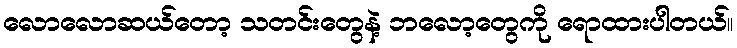
လောလောဆယ်တော့ သတင်းတွေနဲ့ ဘလော့တွေကို ရောထားပါတယ်။